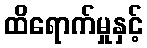
ထိရောက်မှုနှင့်